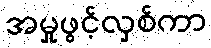
အမှုဖွင့်လှစ်ကာ